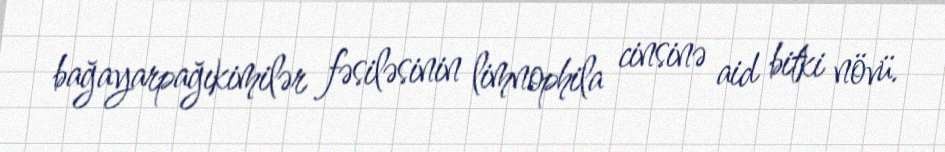
bağayarpağıkimilər fəsiləsinin limnophila cinsinə aid bitki növü.